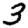
Digit: 3